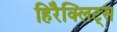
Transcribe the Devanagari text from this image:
हिरैक्लिट्स